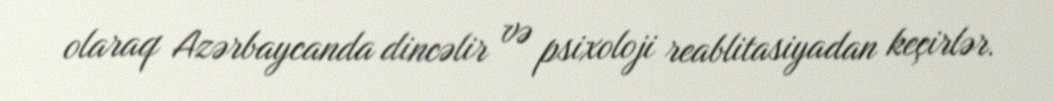
olaraq Azərbaycanda dincəlir və psixoloji reablitasiyadan keçirlər.